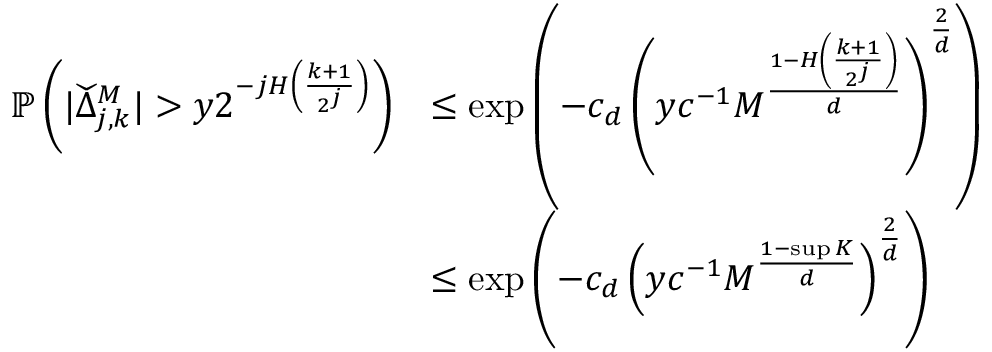
\begin{array} { r l } { \mathbb { P } \left( | \widecheck { \Delta } _ { j , k } ^ { M } | > y 2 ^ { - j H \left( \frac { k + 1 } { 2 ^ { j } } \right) } \right) } & { \leq \exp \left( - c _ { d } \left( y c ^ { - 1 } M ^ { \frac { 1 - H \left( \frac { k + 1 } { 2 ^ { j } } \right) } { d } } \right) ^ { \frac { 2 } { d } } \right) } \\ & { \leq \exp \left( - c _ { d } \left( y c ^ { - 1 } M ^ { \frac { 1 - \operatorname* { s u p } K } { d } } \right) ^ { \frac { 2 } { d } } \right) } \end{array}